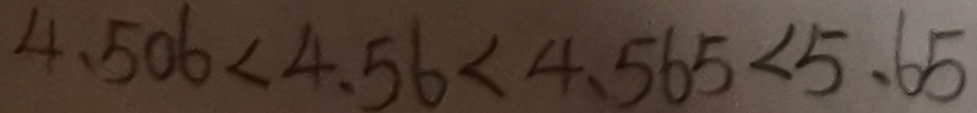
4 . 5 0 6 < 4 . 5 6 < 4 . 5 6 5 < 5 . 6 5